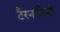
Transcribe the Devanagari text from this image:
टैरनटिनो